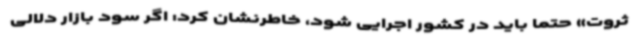
ثروت» حتما باید در کشور اجرایی شود، خاطرنشان کرد: اگر سود بازار دلالی